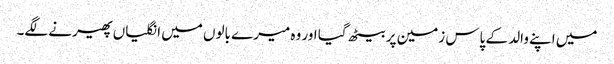
میں اپنے والد کے پاس زمین پر بیٹھ گیا اور وہ میرے بالوں میں انگلیاں پھیرنے لگے۔